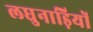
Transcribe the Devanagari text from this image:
लघुनाड़ियों